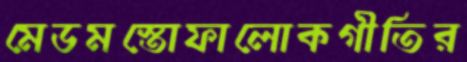
মেডমস্তোফালোকগীতির